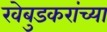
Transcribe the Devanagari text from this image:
खेबुडकरांच्या